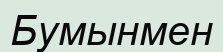
Бумынмен